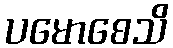
ပမောစေသိ